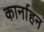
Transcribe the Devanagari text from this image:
कार्नाहन